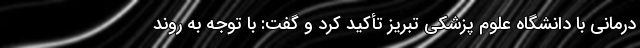
درمانی با دانشگاه علوم پزشکی تبریز تأکید کرد و گفت: با توجه به روند